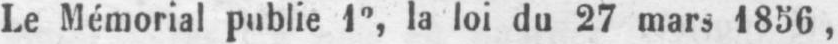
Le Mémorial publie 1°, la loi du 27 mars 1856,